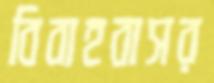
বিবাহবাসর